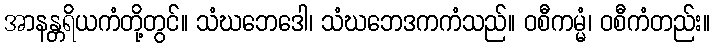
အာနန္တရိယကံတို့တွင်။ သံဃဘေဒေါ၊ သံဃဘေဒကကံသည်။ ဝစီကမ္မံ၊ ဝစီကံတည်း။